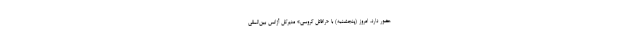
حضور دارد، امروز (پنجشنبه) با «رافائل گروسی» مدیرکل آژانس بین‌المللی